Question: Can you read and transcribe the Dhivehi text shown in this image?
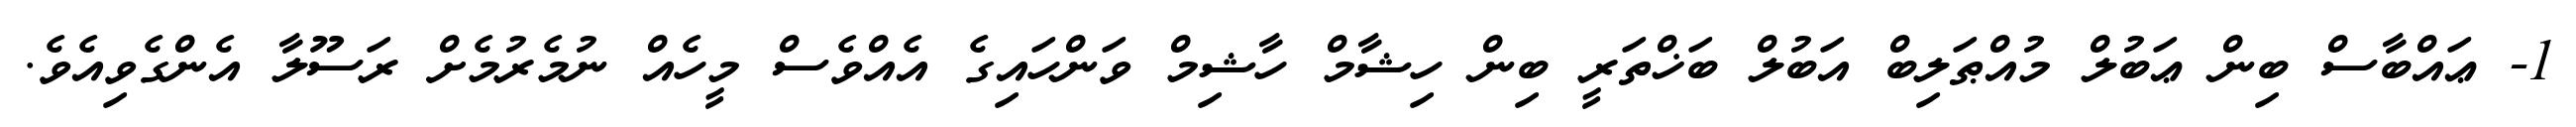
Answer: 1- ޢައްބާސް ބިން ޢަބުލް މުއްޠަލިބް އަބުލް ބަޚްތަރީ ބިން ހިޝާމް ހާޝިމް ވަންހައިގެ އެއްވެސް މީހެއް ނުމެރުމެށް ރަސޫލާ އެންގެވިއެވެ.